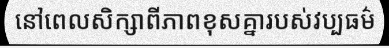
នៅពេលសិក្សាពីភាពខុសគ្នារបស់វប្បធម៌